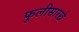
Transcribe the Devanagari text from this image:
फुलीसारखे